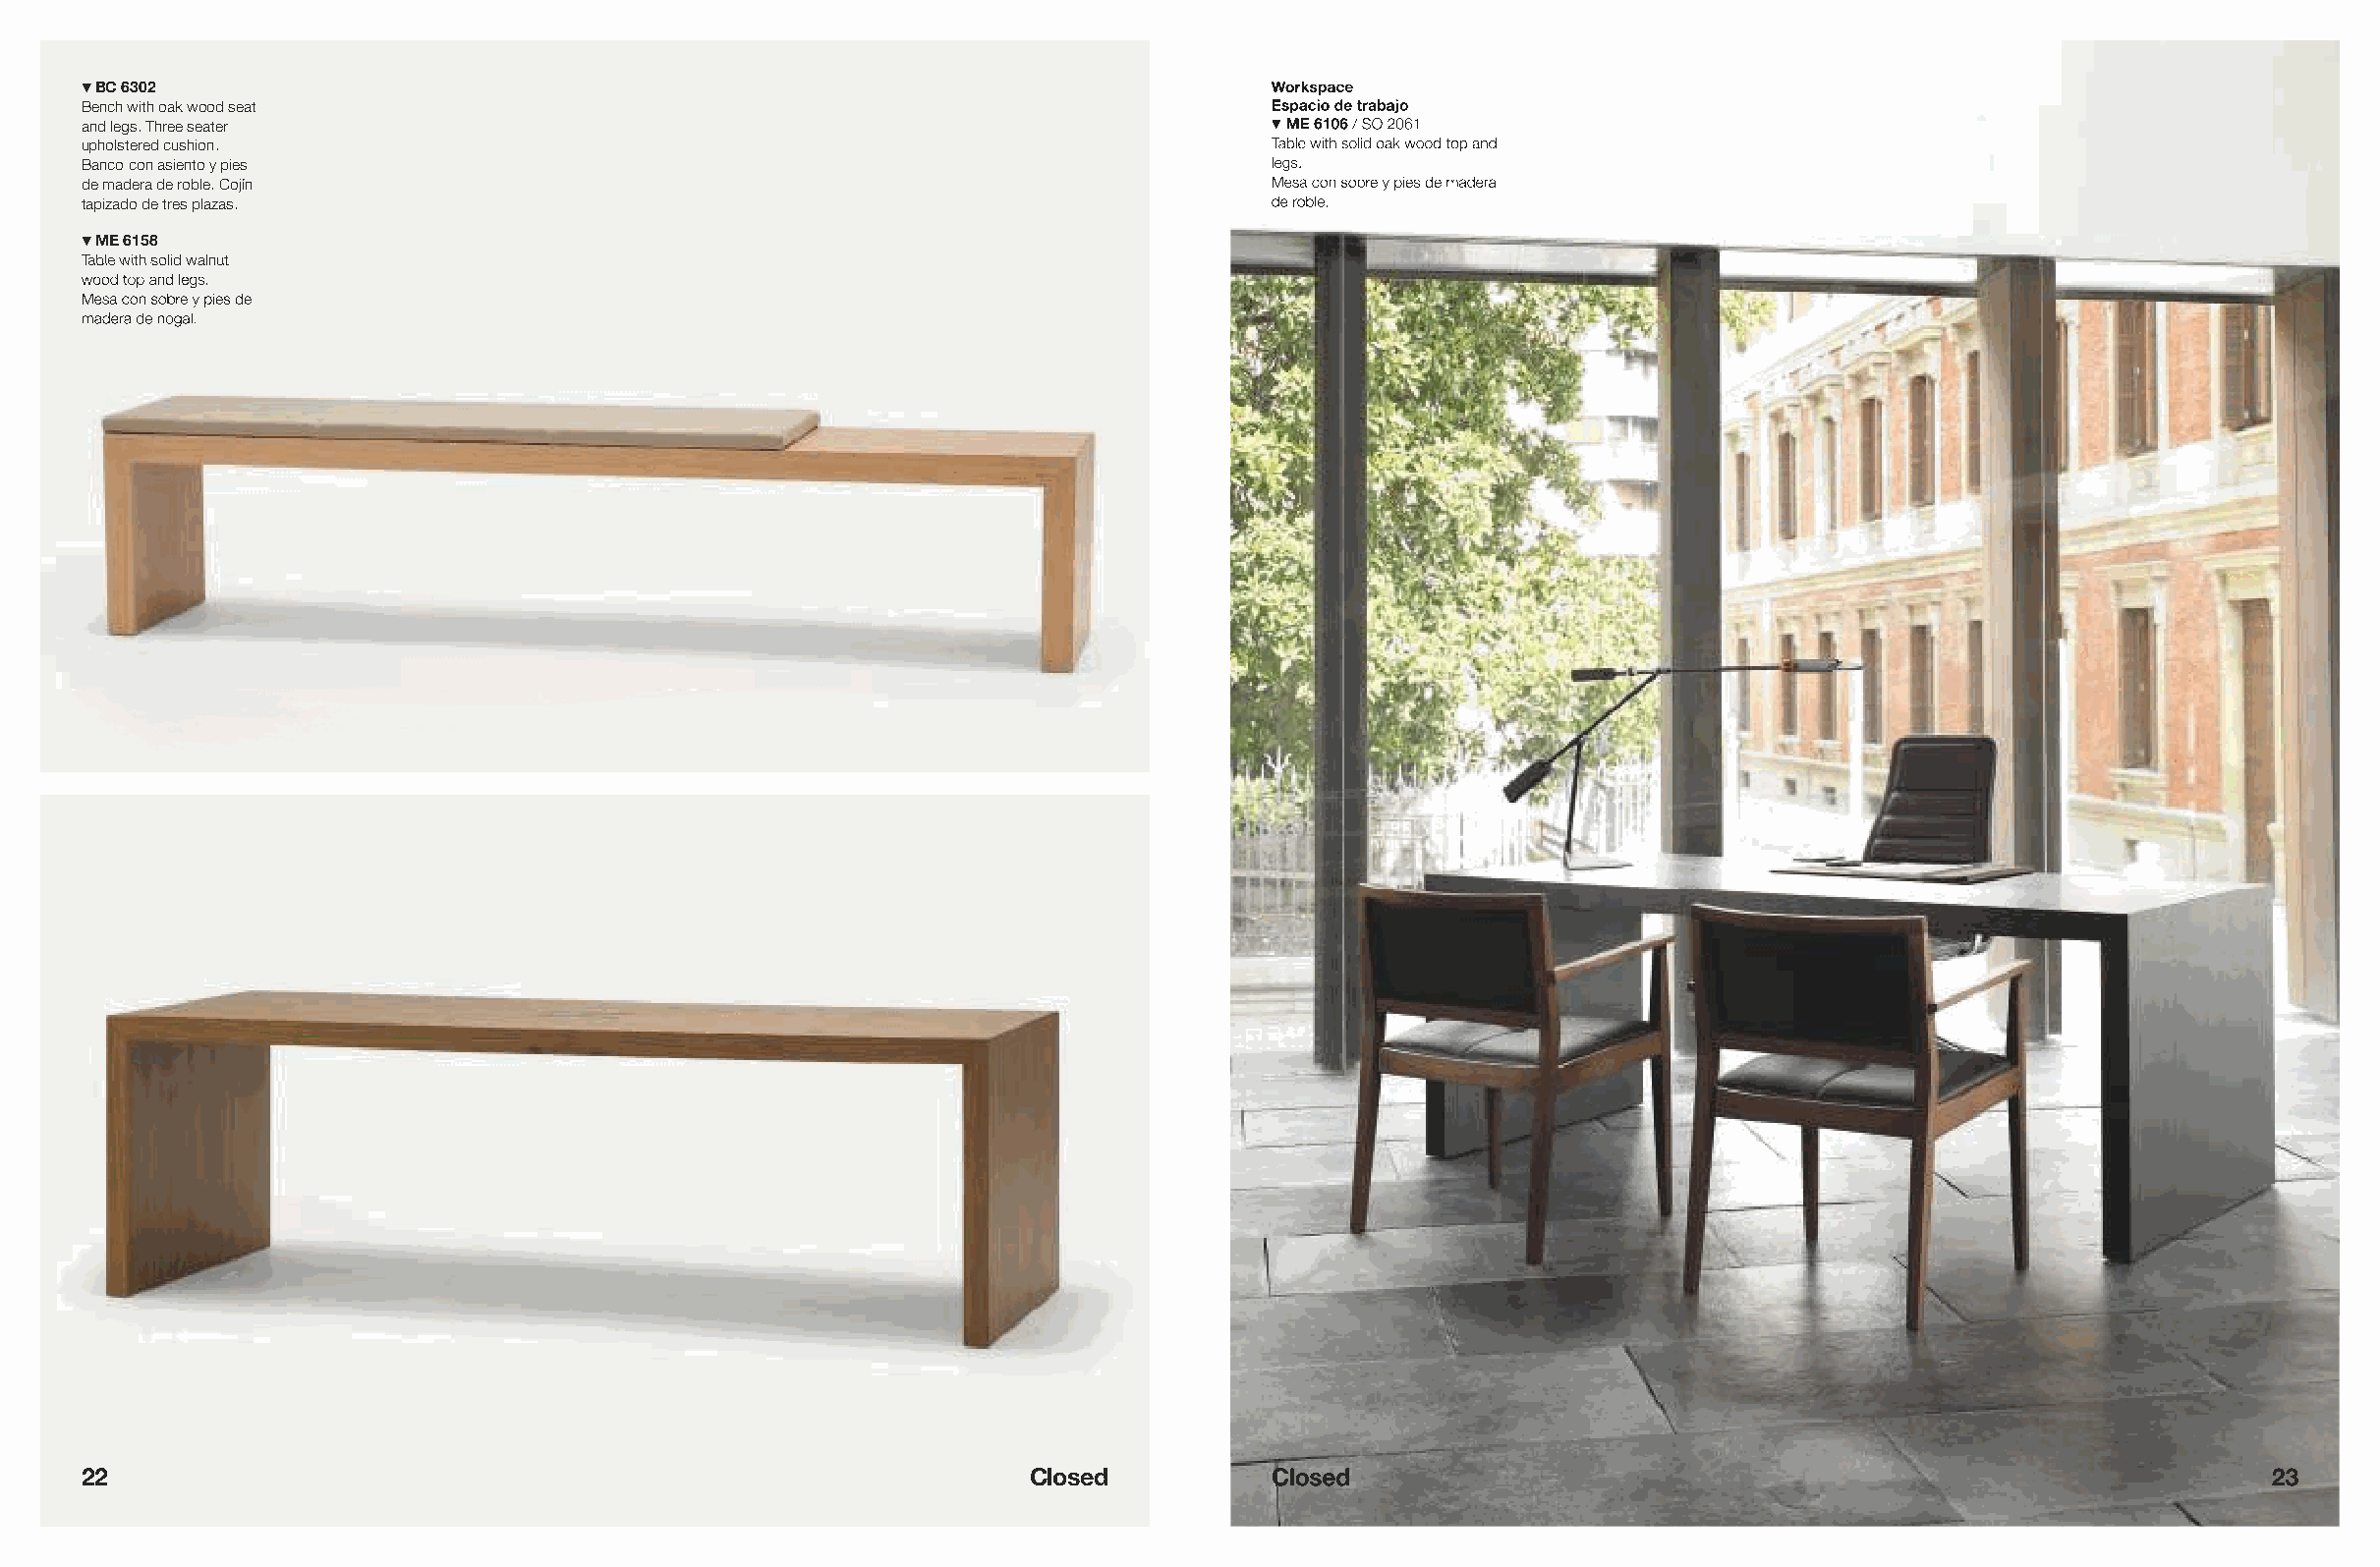
!BC 6302                                                                         Workspace
 Bench with oak wood seat                                                         Espacio de trabajo
 and legs. Three seater                                                           !ME 6106 / SO 2061
 upholstered cushion.                                                             Table with solid oak wood top and
 Banco con asiento y pies                                                         legs.
 de madera de roble. Cojín                                                        Mesa con sobre y pies de madera
 tapizado de tres plazas.                                                         de roble.
 !ME 6158
 TTaabbllee wwiitthh ssoolliidd wwaallnnuutt
 wood top and legs.
 Mesa con sobre y pies de
 madera de nogal.
 22                                                              Closed           Closed                                                             23